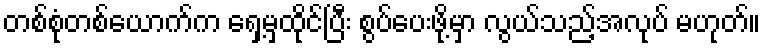
တစ်စုံတစ်ယောက်က ရှေ့မှထိုင်ပြီး စွပ်ပေးဖို့မှာ လွယ်သည့်အလုပ် မဟုတ်။